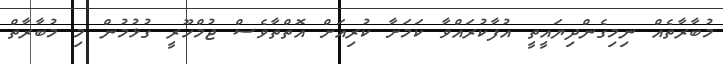
މުބާރާތެއް ނިމިގެންދިޔައީތީ އުފާކުރައްވާ ކަމަށާ ކުރިއަށް އޮތްތާވެސް ޖުމްހޫރީ ގުޅުމުން މި މުބާރާތް